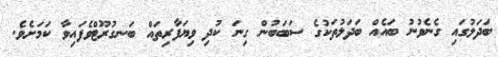
ބަދަލުގައި ގެނެވުނު ބައެއް ބަދަލުތަކުގެ ސަބަބުން ގިނަ ކުދި ވިޔަފާރިތައް ބަނގުރޫޓްވެފައިވާ ކަމަށެވެ.